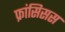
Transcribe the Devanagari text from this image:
फ्रांसिसस